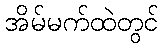
အိမ်မက်ထဲတွင်